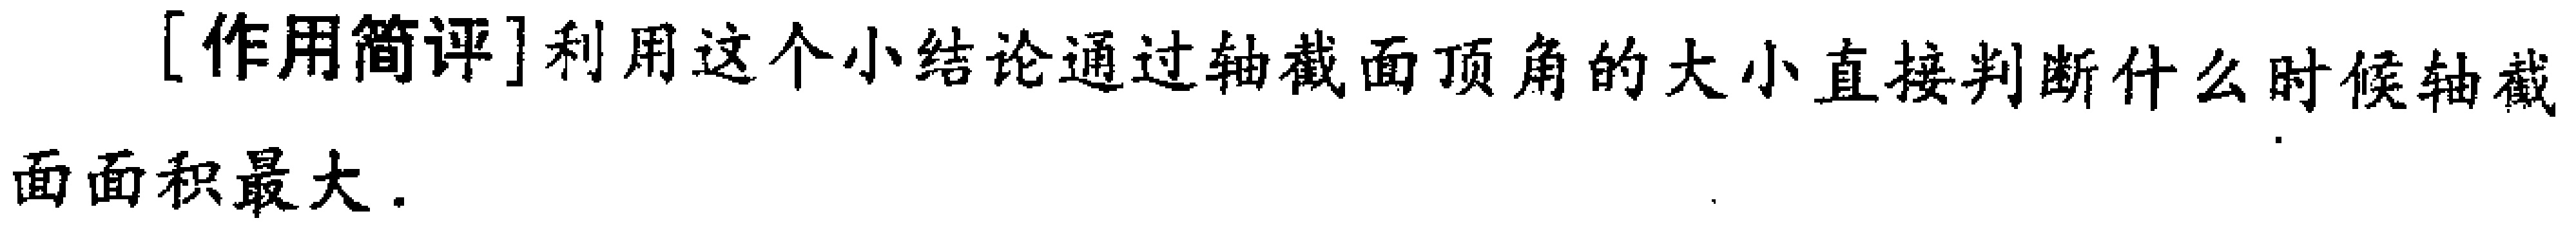
[作用简评]利用这个小结论通过轴截面顶角的大小直接判断什么时候轴截面面积最大.